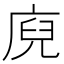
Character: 𭙢